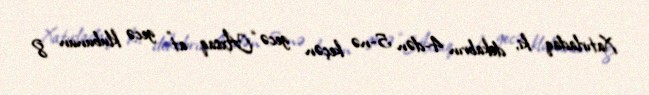
Xatırladaq ki, dekabrın 4-dən 5-nə keçən gecə “Axsaq at” gecə klubunun 8